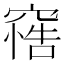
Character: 𥧦